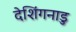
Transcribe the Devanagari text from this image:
देशिंगनाडु